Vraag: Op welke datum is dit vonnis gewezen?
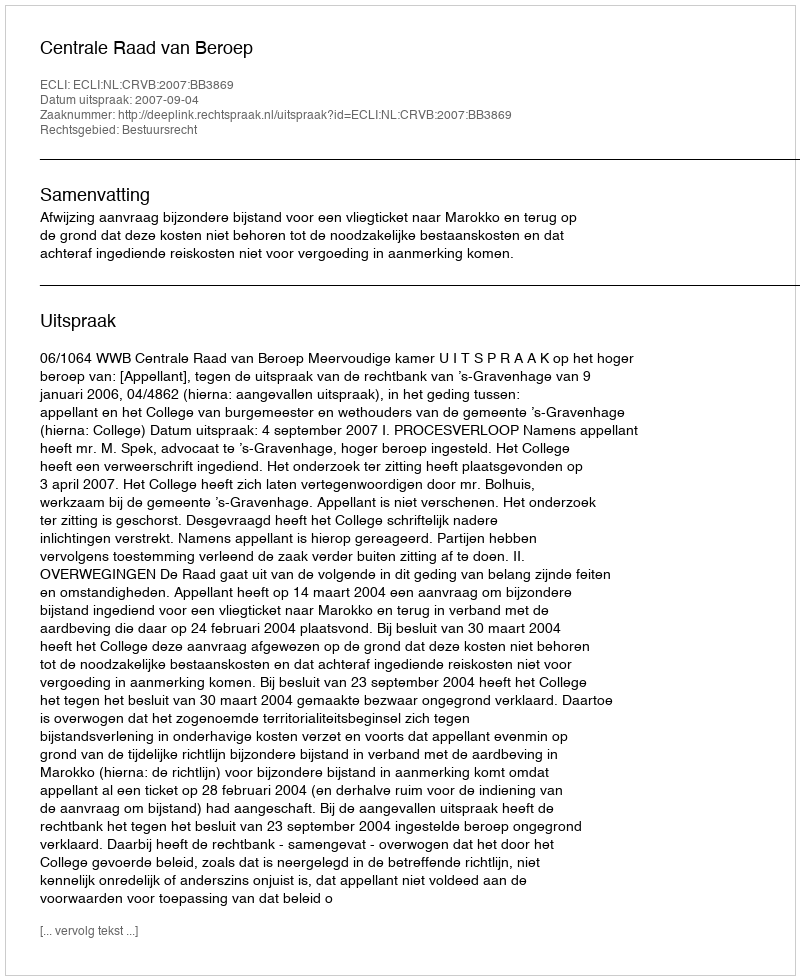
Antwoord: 2007-09-04